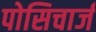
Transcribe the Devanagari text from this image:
पोसिचार्ज